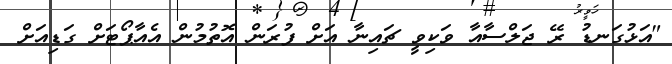
"އަޅުގަނޑު ރޭ ޖަލްސާއާ ވަކިވީ ޗައިނާ އަށް ފުރަން އޮތުމުން އެއާޕޯޓަށް ގަޑިއަށް